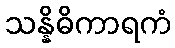
သန္နိဓိကာရကံ